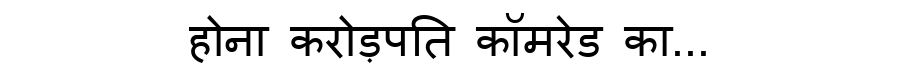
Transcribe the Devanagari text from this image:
होना करोड़पति कॉमरेड का...